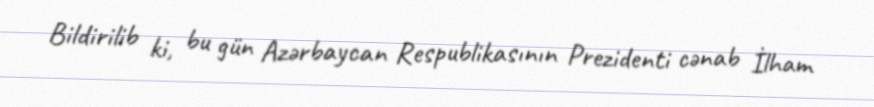
Bildirilib ki, bu gün Azərbaycan Respublikasının Prezidenti cənab İlham